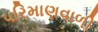
પરિમાણવાળી